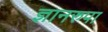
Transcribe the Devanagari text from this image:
ज्ञानरुपा